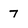
Character: 7